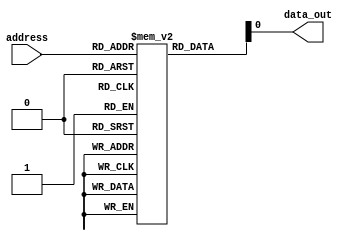
module fuse_ROM (
    input wire [7:0] address,
    output reg data_out
);

reg [7:0] memory [0:255];

initial begin
    // Initialize memory blocks with desired data
    memory[0] = 8'b01100100;
    memory[1] = 8'b10101010;
    // Add more initializations as needed
end

always @* begin
    // Read data from memory block based on address
    data_out = memory[address];
end

endmodule